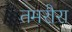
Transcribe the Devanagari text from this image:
तमरौरा